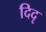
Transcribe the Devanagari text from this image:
दिदृ